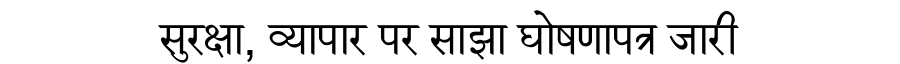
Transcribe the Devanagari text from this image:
सुरक्षा, व्यापार पर साझा घोषणापत्र जारी